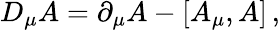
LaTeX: D_{\mu}A=\partial_{\mu}A-\left[A_{\mu},A\right]\, ,